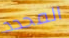
المحدد